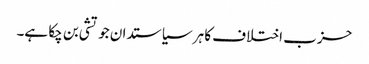
حزب اختلاف کا ہر سیاستدان جوتشی بن چکا ہے۔